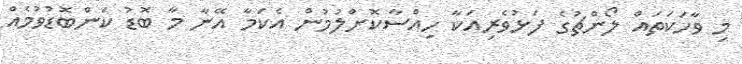
މި ވާހަކަތައް ލޯންޗުގެ ފަޅުވެރިއަކާ ހިއްސާކޮށްލުމުން އެކަމާ އޭނާ މާ ބޮޑު ކަންބޮޑުވުމެއް